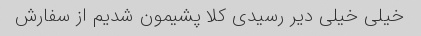
خیلی خیلی دیر رسیدی کلا پشیمون شدیم از سفارش